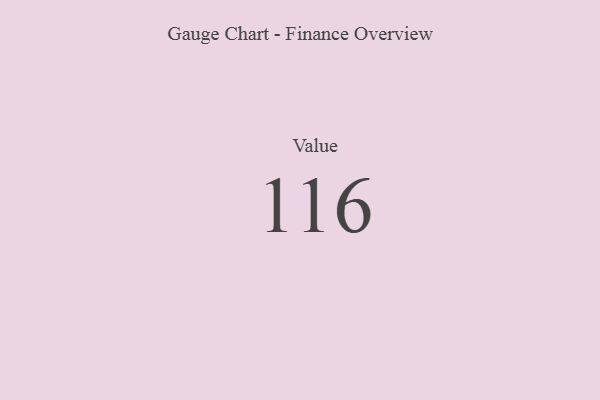
{"axis": {"x": "Metric", "y": "Value"}, "legend": [""], "data": [{"x": "Value", "y": 116, "type": ""}]}